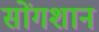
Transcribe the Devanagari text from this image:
सोंगशान